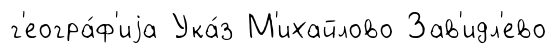
г'еогра́ф'иjа Ука́з М'ихайлово Зав'идл'ево